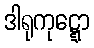
ဒါရုကုဋ္ဋော